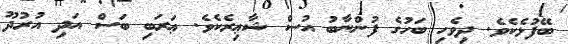
ބޭފުޅެކެވެ. ދިވެހި ބަހުގެ ފުންނާބު އުސް ޝާޢިރެކެވެ. ޢަރަބި ބަސް އަދި އުރުދޫ